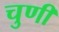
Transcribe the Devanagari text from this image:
चुणी